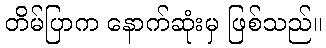
တိမ်ပြာက နောက်ဆုံးမှ ဖြစ်သည်။